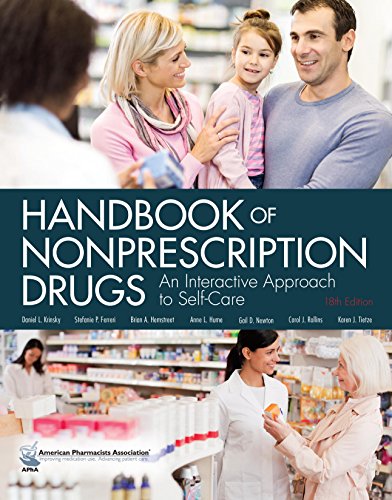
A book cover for Handbook of Nonprescription Drugs; Daniel L. Krinsky; Medical Books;